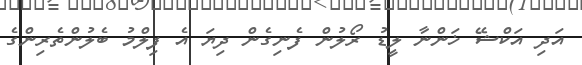
އަދި އަކްޝޭ ޚަންނާ ލީޑު ރޯލުން ފެނިގެން ދިޔަ އެ ފިލްމު ބެލުންތެރިންގެ